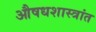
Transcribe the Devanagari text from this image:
औषधशास्त्रांत